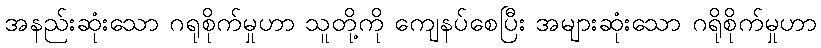
အနည်းဆုံးသော ဂရုစိုက်မှုဟာ သူတို့ကို ကျေနပ်စေပြီး အများဆုံးသော ဂရိုစိုက်မှုဟာ